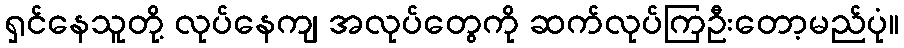
ရှင်နေသူတို့ လုပ်နေကျ အလုပ်တွေကို ဆက်လုပ်ကြဦးတော့မည်ပုံ။